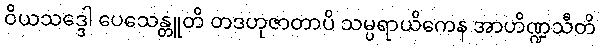
ဝိယသဒ္ဒေါ ပေသေန္တူတိ တဒဟုဇာတာပိ သမ္ပရာယိကေန အာဟိဏ္ဍသီတိ